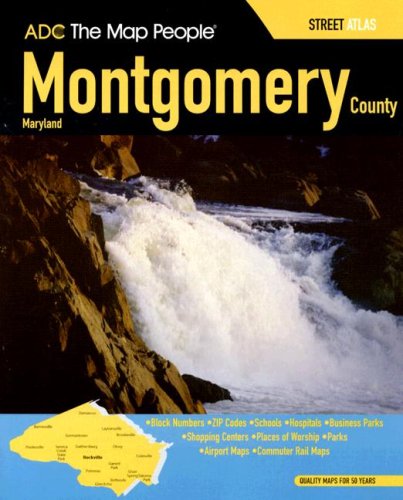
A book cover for ADC The Map People Montgomery County, Maryland: Street Atlas; Travel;